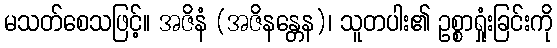
မသတ်စေသဖြင့်။ အဇိနံ (အဇိနန္တေန)၊ သူတပါး၏ ဥစ္စာရှုံးခြင်းကို